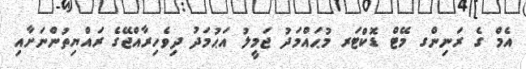
އެމް ގެ ރަނިންގ މޭޓް ޑޮކްޓަރ މުޙައްމަދު ޖަމީލު އަޙުމަދު ދިވެހިރާއްޖޭގެ ރައްޔިތުންނަށާއި